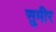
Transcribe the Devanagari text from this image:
सुमीर